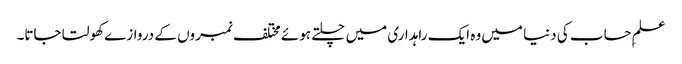
علمِ حساب کی دنیا میں وہ ایک راہداری میں چلتے ہوئے مختلف نمبروں کے دروازے کھولتا جاتا۔